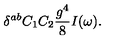
\delta ^ { a b } C _ { 1 } C _ { 2 } { \frac { g ^ { 4 } } { 8 } } I ( \omega ) .